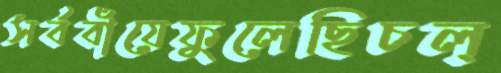
সর্ববাঁয়েফুলেছিচল্‌